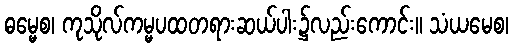
ဓမ္မေစ၊ ကုသိုလ်ကမ္မပထတရားဆယ်ပါး၌လည်းကောင်း။ သံယမေစ၊